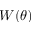
W ( \theta )